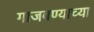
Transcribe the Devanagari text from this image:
गाजवण्याच्या